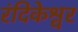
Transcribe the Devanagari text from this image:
रंदिकेश्वर